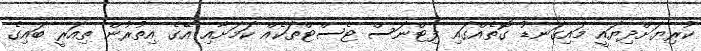
ކުރިޔަށްދިޔައީ މައިގަނޑު ގޮތެއްގައި ފިޓްނަސް ޓެސްޓްތަކެއް ކަމަށާއި އޭގެ އިތުރުން ތިއަރީ ބައިގެ